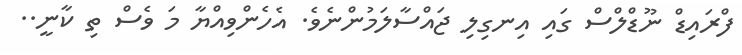
ފްރައިޑް ނޫޑްލްސް ގައި އިނގިލި ޖައްސާލަމުންނެވެ. އެހެންވިއްޔާ މަ ވެސް ތި ކާނީ..